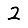
Digit: 2